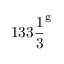
1 3 3 { \frac { 1 } { 3 } } ^ { \mathrm { g } }